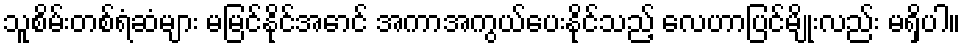
သူစိမ်းတစ်ရံဆံများ မမြင်နိုင်အောင် အကာအကွယ်ပေးနိုင်သည့် လေဟာပြင်မျိုးလည်း မရှိပါ။